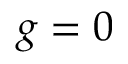
g = 0